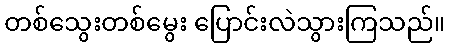
တစ်သွေးတစ်မွေး ပြောင်းလဲသွားကြသည်။